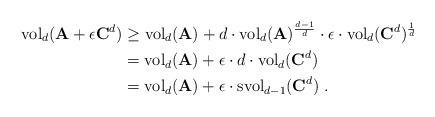
LaTeX: \begin{align*}{\rm vol}_d(\mathbf{A}+\epsilon\mathbf{C}^d) &\ge {\rm vol}_d(\mathbf{A})+d\cdot {\rm vol}_d(\mathbf{A})^{\frac{d-1}{d}}\cdot\epsilon \cdot {\rm vol}_d(\mathbf{C}^d)^{\frac{1}{d}}\\&= {\rm vol}_d(\mathbf{A})+\epsilon \cdot d \cdot {\rm vol}_d(\mathbf{C}^d)\\&= {\rm vol}_d(\mathbf{A})+\epsilon\cdot {\rm svol}_{d-1}(\mathbf{C}^d)\ . \end{align*}